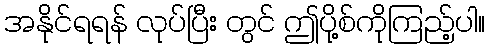
အနိုင်ရရန် လုပ်ပြီး တွင် ဤပို့စ်ကိုကြည့်ပါ။